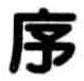
序